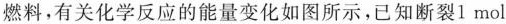
燃料，有关化学反应的能量变化如图所示，已知断裂1mol